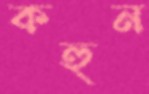
কহুন